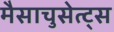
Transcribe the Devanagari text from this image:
मैसाचुसेत्ट्स